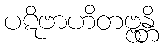
ပဋိဗာဟိတဗ္ဗန္တိ